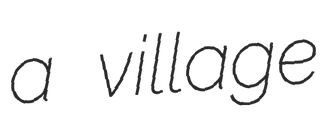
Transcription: a village